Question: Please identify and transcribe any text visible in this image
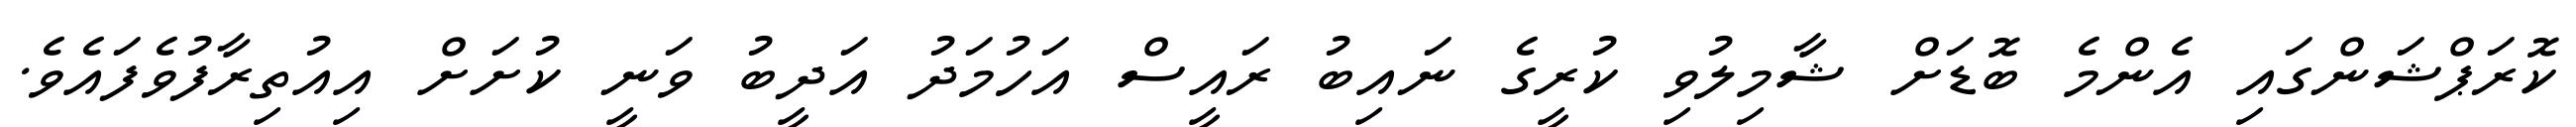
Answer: ކޮރަޕްޝަންގައި އެންމެ ބޮޑަށް ޝާމިލުވި ކުރީގެ ނައިބު ރައީސް އަހުމަދު އަދީބު ވަނީ ކުށަށް އިއުތިރާފުވެފައެވެ.